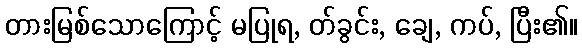
တားမြစ်သောကြောင့် မပြုရ, တ်ခွင်း, ချေ, ကပ်, ပြီး၏။